Scottish Certificate of Education, 1963
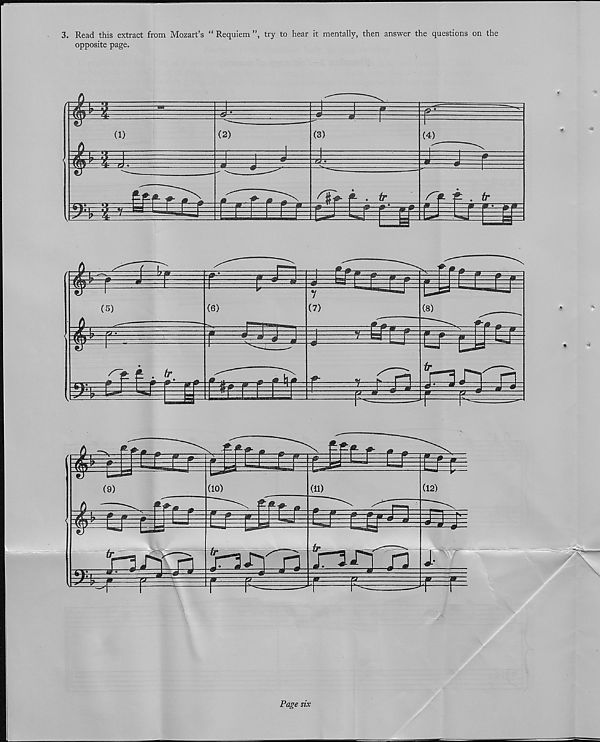
3. Read this extract from Mozart’s “ Requiem ”, try to hear it mentally, then answer the questions on the
opposite page.
(1)
1*1
(2)
(3)
irtilifc
. tor
(4)
i
/> ^ • fr
p p• ,^jg
fcdr
(5)
P
•t £l4i
*
tr
4!!^-
(6)
g -m—W-
.©—K*
7
(7)
r
?. i n
f
(8)
tr
^
«
tS